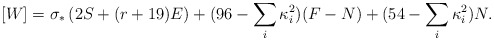
\begin{align*}[W]=\sigma_*\left(2S + (r+19)E\right) +(96-\sum_i\kappa_i^2) (F-N) +(54-\sum_i\kappa_i^2)N.\end{align*}